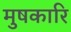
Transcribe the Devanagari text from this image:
मुषकारि